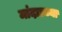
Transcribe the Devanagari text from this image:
मांदाडच्या